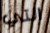
التي